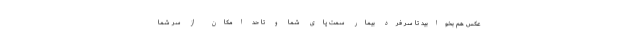
عکس هم بخوابید تا سر فرد بیمار سمت پای شما و تا حد امکان از سر شما